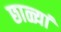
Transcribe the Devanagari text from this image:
छाळ्यां